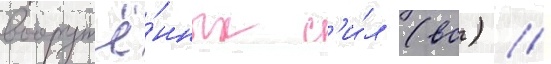
вооружё́нных с'и́л (вс) //